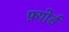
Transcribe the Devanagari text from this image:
फ़्योर्ड